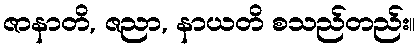
ဇာနာတိ, ဇညာ, နာယတိ စသည်တည်း။